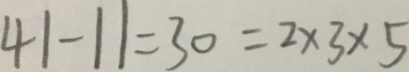
4 1 - 1 1 = 3 0 = 2 \times 3 \times 5